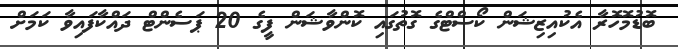
ބޮޑުމޮހޮރާ އެކުއިޒިޝަން ކޯސްޓްގެ ގޮތުގައި ކޮންވާޝަން ފީގެ 20 ޕަސެންޓް ދައްކާފައިވާ ކަމަށް